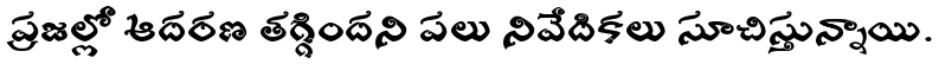
ప్రజల్లో ఆదరణ తగ్గిందని పలు నివేదికలు సూచిస్తున్నాయి.